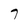
Character: 7